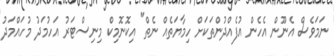
ނަމަވެސް އެނޫން އެހެން އުފެއްދުންތަކަށް ހިމާޔަތެއް ނެތް" އިކޮނޮމިކް މިނިސްޓަރު އަހުމަދު މުހައްމަދު